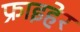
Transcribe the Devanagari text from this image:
फ्राइहेर